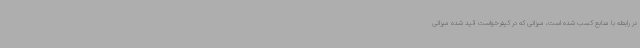
در رابطه با منابع کسب شده است، میزانی که در کیفرخواست قید شده میزانی